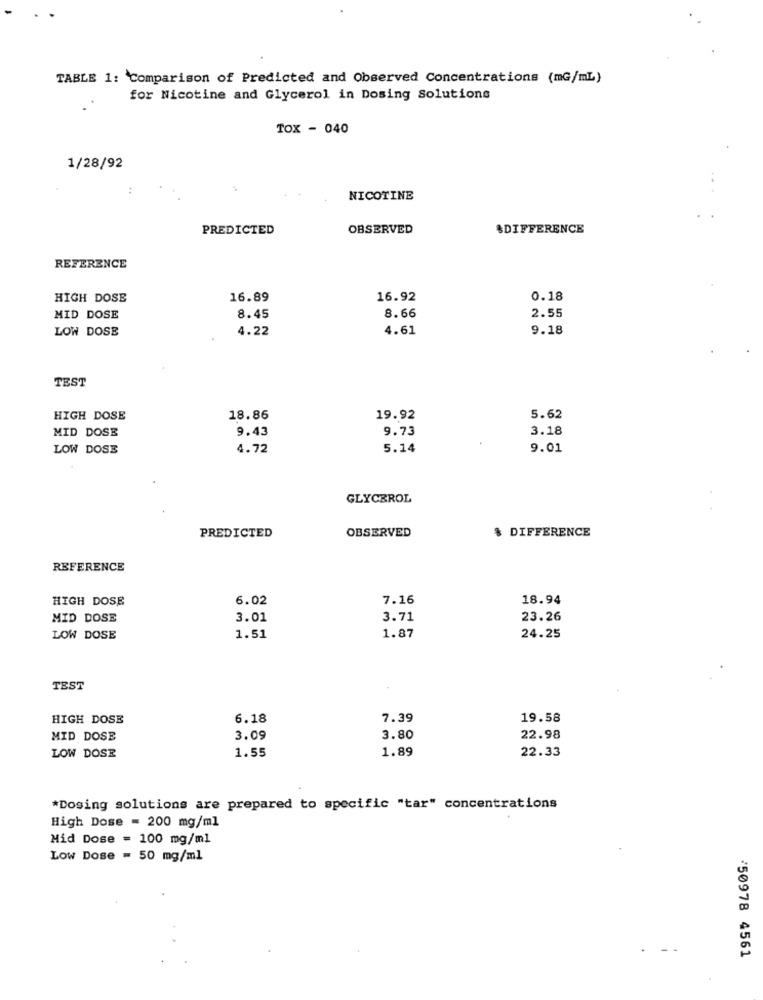
TABLE 1: Comparison of Predicted and Observed Concentrations (mG/mL)
for Nicotine and Glycerol in Dosing Solutions
TOX - 040
1/28/92
:
NICOTINE
PREDICTED
OBSERVED
&DIFFERENCE
REFERENCE
HIGH DOSE
16.89
16.92
0.18
2.55
MID DOSE
8.45
8.66
LOW DOSE
4.22
4.61
9.18
TEST
HIGH DOSE
18.86
19.92
5.62
MID DOSE
9.43
9.73
3.18
LOW DOSE
4.72
5.14
9.01
GLYCEROL
OBSERVED
PREDICTED
& DIFFERENCE
REFERENCE
HIGH DOSE
6.02
7.16
18.94
MID DOSE
3.01
3.71
23.26
LOW DOSE
1.51
1.87
24.25
TEST
HIGH DOSE
6.18
7.39
19.58
MID DOSE
3.09
3.80
22.98
1.55
1.89
22.33
LOW DOSE
*Dosing solutions are prepared to specific "tar" concentrations
High Dose = 200 mg/ml
Hid Dose = 100 mg/ml
Low Dose = 50 mg/ml
'50978 4561